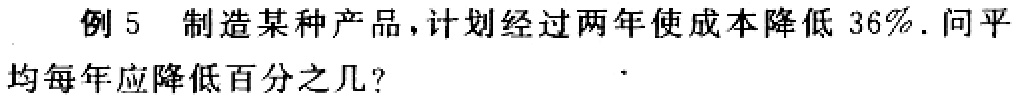
例5 制造某种产品，计划经过两年使成本降低 \(36\%\). 问平均每年应降低百分之几？